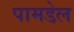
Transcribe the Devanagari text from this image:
पामडेल